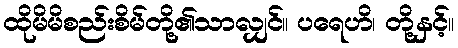
ထိုမိမိစည်းစိမ်တို့၏သာလျှင်။ ပရေဟိ၊ တို့နှင့်။